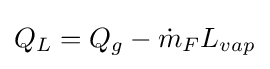
Q_{L}=Q_{g}-{\dot {m}}_{F}L_{vap}